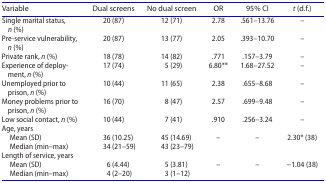
<table><thead><tr><td><b>Variable</b></td><td><b>Dual screens</b></td><td><b>No dual screen</b></td><td><b>OR</b></td><td><b>95% CI</b></td><td><b><i>t</i> (d.f.)</b></td></tr></thead><tbody><tr><td>Single marital status, <i>n</i> (%)</td><td>20 (87)</td><td>12 (71)</td><td>2.78</td><td>.561–13.76</td><td>–</td></tr><tr><td>Pre-service vulnerability, <i>n</i> (%)</td><td>20 (87)</td><td>13 (77)</td><td>2.05</td><td>.393–10.70</td><td>–</td></tr><tr><td>Private rank, <i>n</i> (%)</td><td>18 (78)</td><td>14 (82)</td><td>.771</td><td>.157–3.79</td><td>–</td></tr><tr><td>Experience of deployment, <i>n</i> (%)</td><td>17 (74)</td><td>5 (29)</td><td>6.80**</td><td>1.68–27.52</td><td>–</td></tr><tr><td>Unemployed prior to prison, <i>n</i> (%)</td><td>10 (44)</td><td>11 (65)</td><td>2.38</td><td>.655–8.68</td><td>–</td></tr><tr><td>Money problems prior to prison, <i>n</i> (%)</td><td>16 (70)</td><td>8 (47)</td><td>2.57</td><td>.699–9.48</td><td>–</td></tr><tr><td>Low social contact, <i>n</i> (%)</td><td>10 (44)</td><td>7 (41)</td><td>.910</td><td>.256–3.24</td><td>–</td></tr><tr><td>Age, years </td><td> </td><td> </td><td> </td><td> </td><td> </td></tr><tr><td> Mean (SD)</td><td>36 (10.25)</td><td>45 (14.69)</td><td>–</td><td>–</td><td>2.30* (38)</td></tr><tr><td> Median (min–max)</td><td>34 (21–59)</td><td>43 (23–79)</td><td> </td><td> </td><td> </td></tr><tr><td>Length of service, years </td><td> </td><td> </td><td> </td><td> </td><td> </td></tr><tr><td> Mean (SD)</td><td>6 (4.44)</td><td>5 (3.81)</td><td>–</td><td>–</td><td>−1.04 (38)</td></tr><tr><td> Median (min–max)</td><td>4 (2–20)</td><td>3 (1–12)</td><td> </td><td> </td><td> </td></tr></tbody></table>